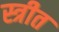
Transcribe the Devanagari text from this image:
स्त्रीत